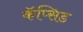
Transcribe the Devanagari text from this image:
कॅप्सिड